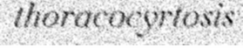
thoracocyrtosis